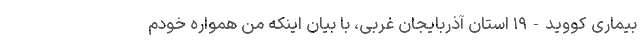
بیماری کووید-۱۹ استان آذربایجان غربی، با بیان اینکه من همواره خودم